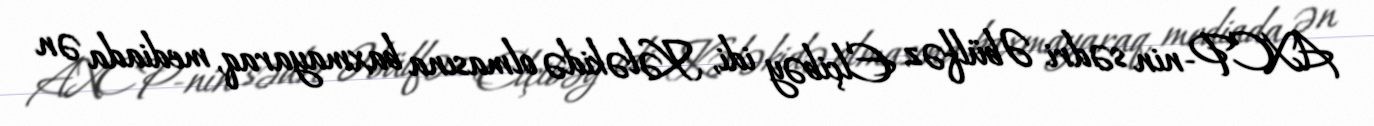
AXCP-nin sədri Əbülfəz Elçibəy idi, Kələkidə olmasına baxmayaraq, mediada ən